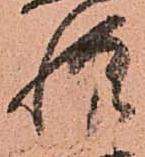
惶